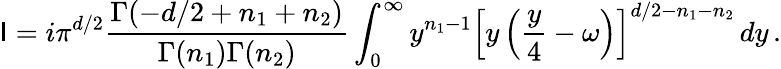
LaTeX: \mathsf{I}=i\pi^{d/2}\frac{{\Gamma(-d/2+n_{1}+n_{2})}}{{\Gamma(n_{1})\Gamma(n_{2})}}\int_{0}^{\infty}y^{n_{1}-1}\left[y\left(\frac{{y}}{{4}}-\omega\right)\right]^{d/2-n_{1}-n_{2}}\, dy\, .